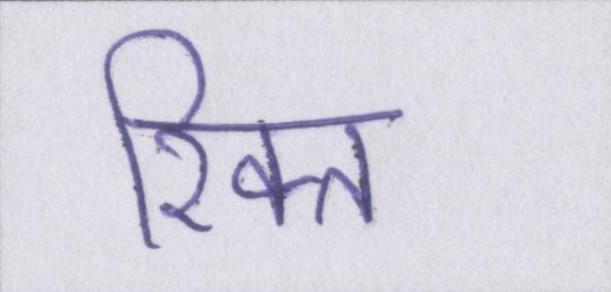
रिक्त